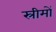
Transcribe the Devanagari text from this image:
स्रीमों